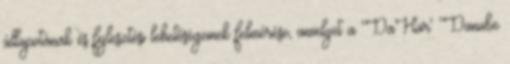
állapotának és fejlesztési lehetőségeinek felmérése, amelyet a 'DaHar' 'Danube